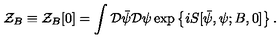
{ \mathcal Z } _ { B } \equiv { \mathcal Z } _ { B } [ 0 ] = \int { \mathcal D } { \bar { \psi } } { \mathcal D } \psi \exp \left\{ i S [ { \bar { \psi } } , \psi ; B , 0 ] \right\} .